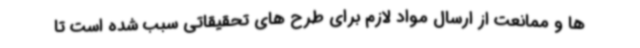
ها و ممانعت از ارسال مواد لازم برای طرح های تحقیقاتی سبب شده است تا